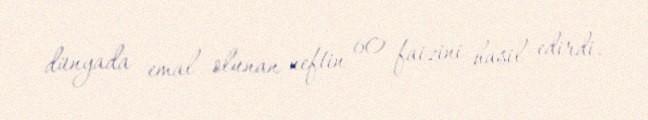
dünyada emal olunan neftin 60 faizini hasil edirdi.